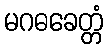
မဂဓခေတ္တံ